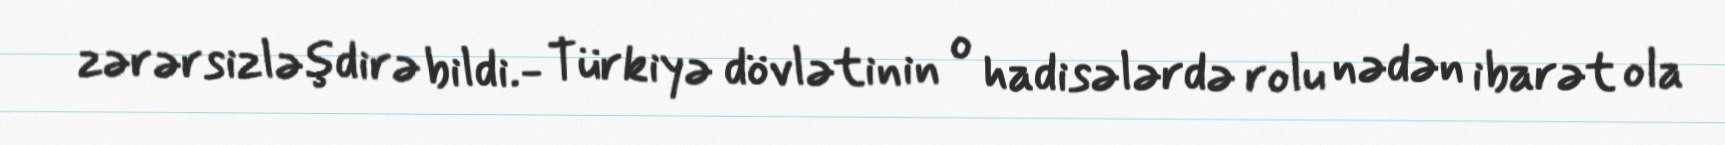
zərərsizləşdirə bildi.- Türkiyə dövlətinin o hadisələrdə rolu nədən ibarət ola